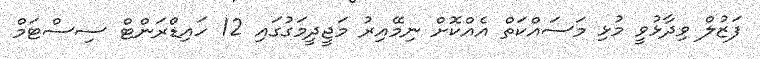
ފަޒުލް ވިދާޅުވީ މުޅި މަސައްކަތް އެއްކޮށް ނިމޭއިރު މަޖީދީމަގުގައި 12 ހައިޑްރަންޓް ސިސްޓަމް